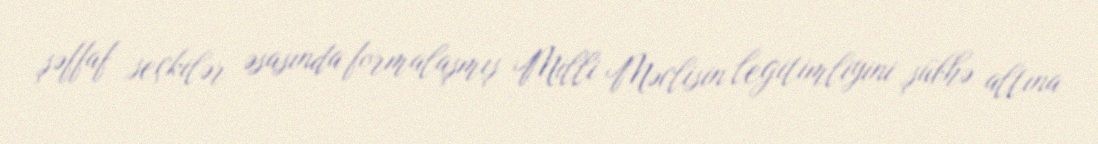
şəffaf seçkilər əsasında formalaşmış Milli Məclisin legitimliyini şübhə altına